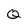
Character: Q